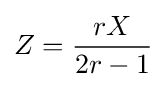
Z={rX \over 2r-1}